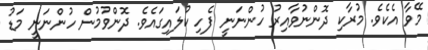
މޭވާ އެކެވެ. މުރާކި ދޮންނުވާއިރު ހުންނަނީ ފެހި ކުލައިގައެވެ. ދޮންވުމުން ހުންނަނީ މަޑު